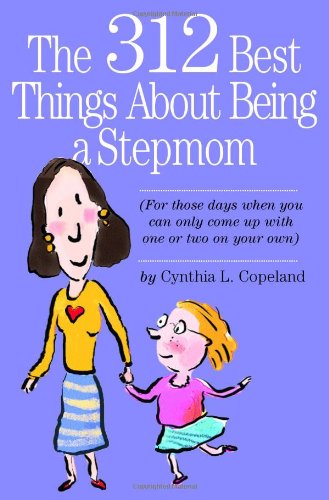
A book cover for The 312 Best Things About Being a Stepmom: For those days when you can only come up with one or two on your own.; Cynthia L. Copeland; Parenting & Relationships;